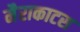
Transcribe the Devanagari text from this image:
मैराकाटस